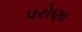
પરોણા